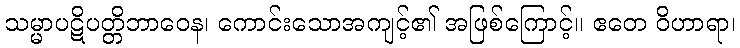
သမ္မာပဋိပတ္တိဘာဝေန၊ ကောင်းသောအကျင့်၏ အဖြစ်ကြောင့်။ ဧတေ ဝိဟာရာ၊